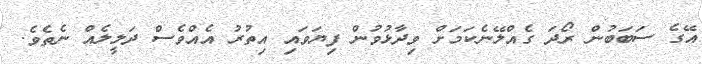
އޭގެ ސަބަބުން ރޯދަ ގެއްލޭނެކަމަށް ވިދާޅުވުން ފިޔަވައި އިތުރު އެއްވެސް ދަލީލެއް ނެތެވެ.